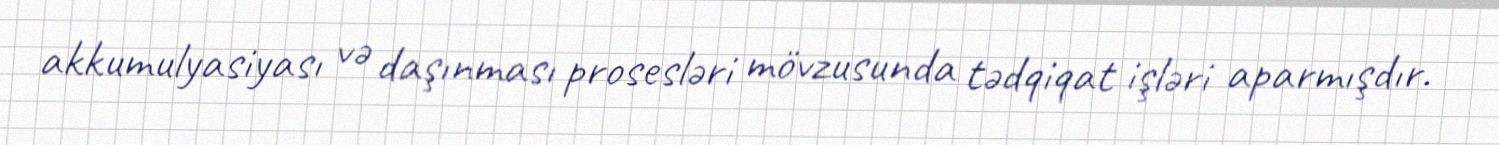
akkumulyasiyası və daşınması prosesləri mövzusunda tədqiqat işləri aparmışdır.